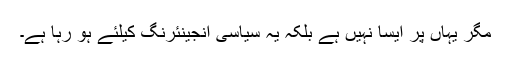
مگر یہاں پر ایسا نہیں ہے بلکہ یہ سیاسی انجینئرنگ کیلئے ہو رہا ہے۔